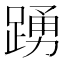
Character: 踴